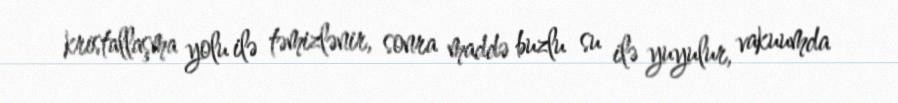
kristallaşma yolu ilə təmizlənir, sonra maddə buzlu su ilə yuyulur, vakuumda